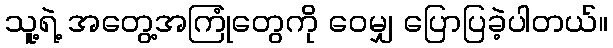
သူ့ရဲ့ အတွေ့အကြုံတွေကို ဝေမျှ ပြောပြခဲ့ပါတယ်။